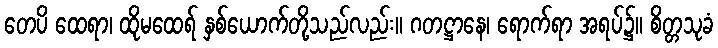
တေပိ ထေရာ၊ ထိုမထေရ် နှစ်ယောက်တို့သည်လည်း။ ဂတဋ္ဌာနေ၊ ရောက်ရာ အရပ်၌။ စိတ္တသုခံ